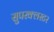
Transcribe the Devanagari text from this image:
सुपरक्‍लस्टर